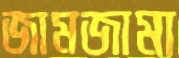
জামজামা